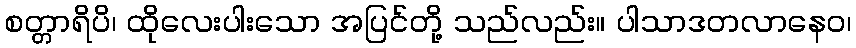
စတ္တာရိပိ၊ ထိုလေးပါးသော အပြင်တို့ သည်လည်း။ ပါသာဒတလာနေဝ၊